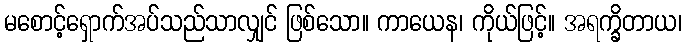
မစောင့်ရှောက်အပ်သည်သာလျှင် ဖြစ်သော။ ကာယေန၊ ကိုယ်ဖြင့်။ အရက္ခိတာယ၊